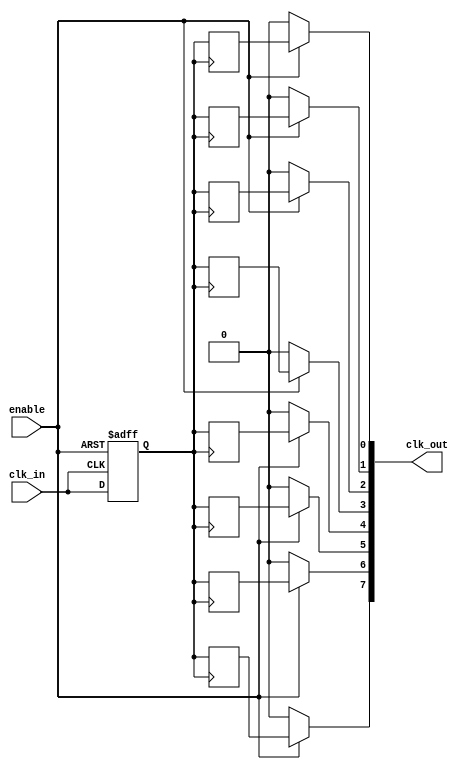
module high_fanout_clock_buffer (
    input wire clk_in,         // Incoming clock signal
    input wire enable,         // Enable signal for the clock buffer
    output wire [N-1:0] clk_out // Array of output clock signals
);

parameter N = 8; // Number of clock outputs
parameter DELAY = 2; // Propagation delay in ns
parameter DRIVE_STRENGTH = 1; // Output drive strength

// Input buffer with Schmitt trigger characteristics
reg clk_buffered;
always @(posedge clk_in or negedge enable) begin
    if (!enable) begin
        clk_buffered <= 1'b0; // Disable output when not enabled
    end else begin
        clk_buffered <= clk_in; // Buffer the clock input
    end
end

// Fanout driver stage
generate
genvar i;
for (i = 0; i < N; i = i + 1) begin : fanout_drivers
    // Simple buffering with adjustable drive strength
    reg clk_out_temp;
    always @(posedge clk_buffered) begin
        #DELAY clk_out_temp <= clk_buffered; // Delay to simulate propagation delay
    end
    assign clk_out[i] = (enable) ? clk_out_temp : 1'b0; // Output driven only if enabled
end
endgenerate

endmodule